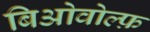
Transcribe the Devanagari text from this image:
बिओवोल्फ़